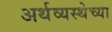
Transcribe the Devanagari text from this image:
अर्थव्यस्थेच्या